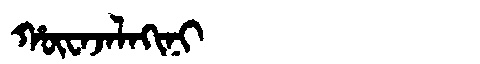
Manchu: ᡥᡡᠸᠠᠵᠠᠯᠠᡴᡳᠨᡳ
Romanization: HŪWAJALAKINI